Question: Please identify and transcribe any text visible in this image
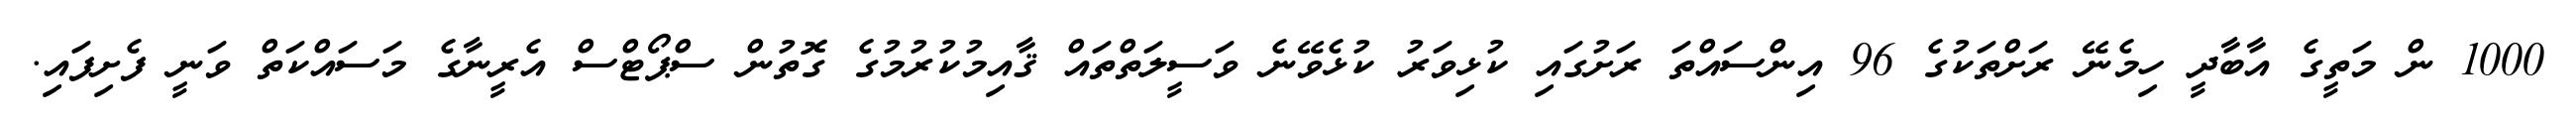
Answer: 1000 ން މަތީގެ އާބާދީ ހިމެނޭ ރަށްތަކުގެ 96 އިންސައްތަ ރަށުގައި ކުޅިވަރު ކުޅެވޭނެ ވަސީލަތްތައް ޤާއިމުކުރުމުގެ ގޮތުން ސްޕޯޓްސް އެރީނާގެ މަސައްކަތް ވަނީ ފެށިފައި.